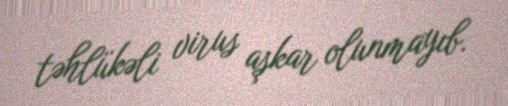
təhlükəli virus aşkar olunmayıb.